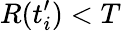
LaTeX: R(t_{i}^{\prime})<T